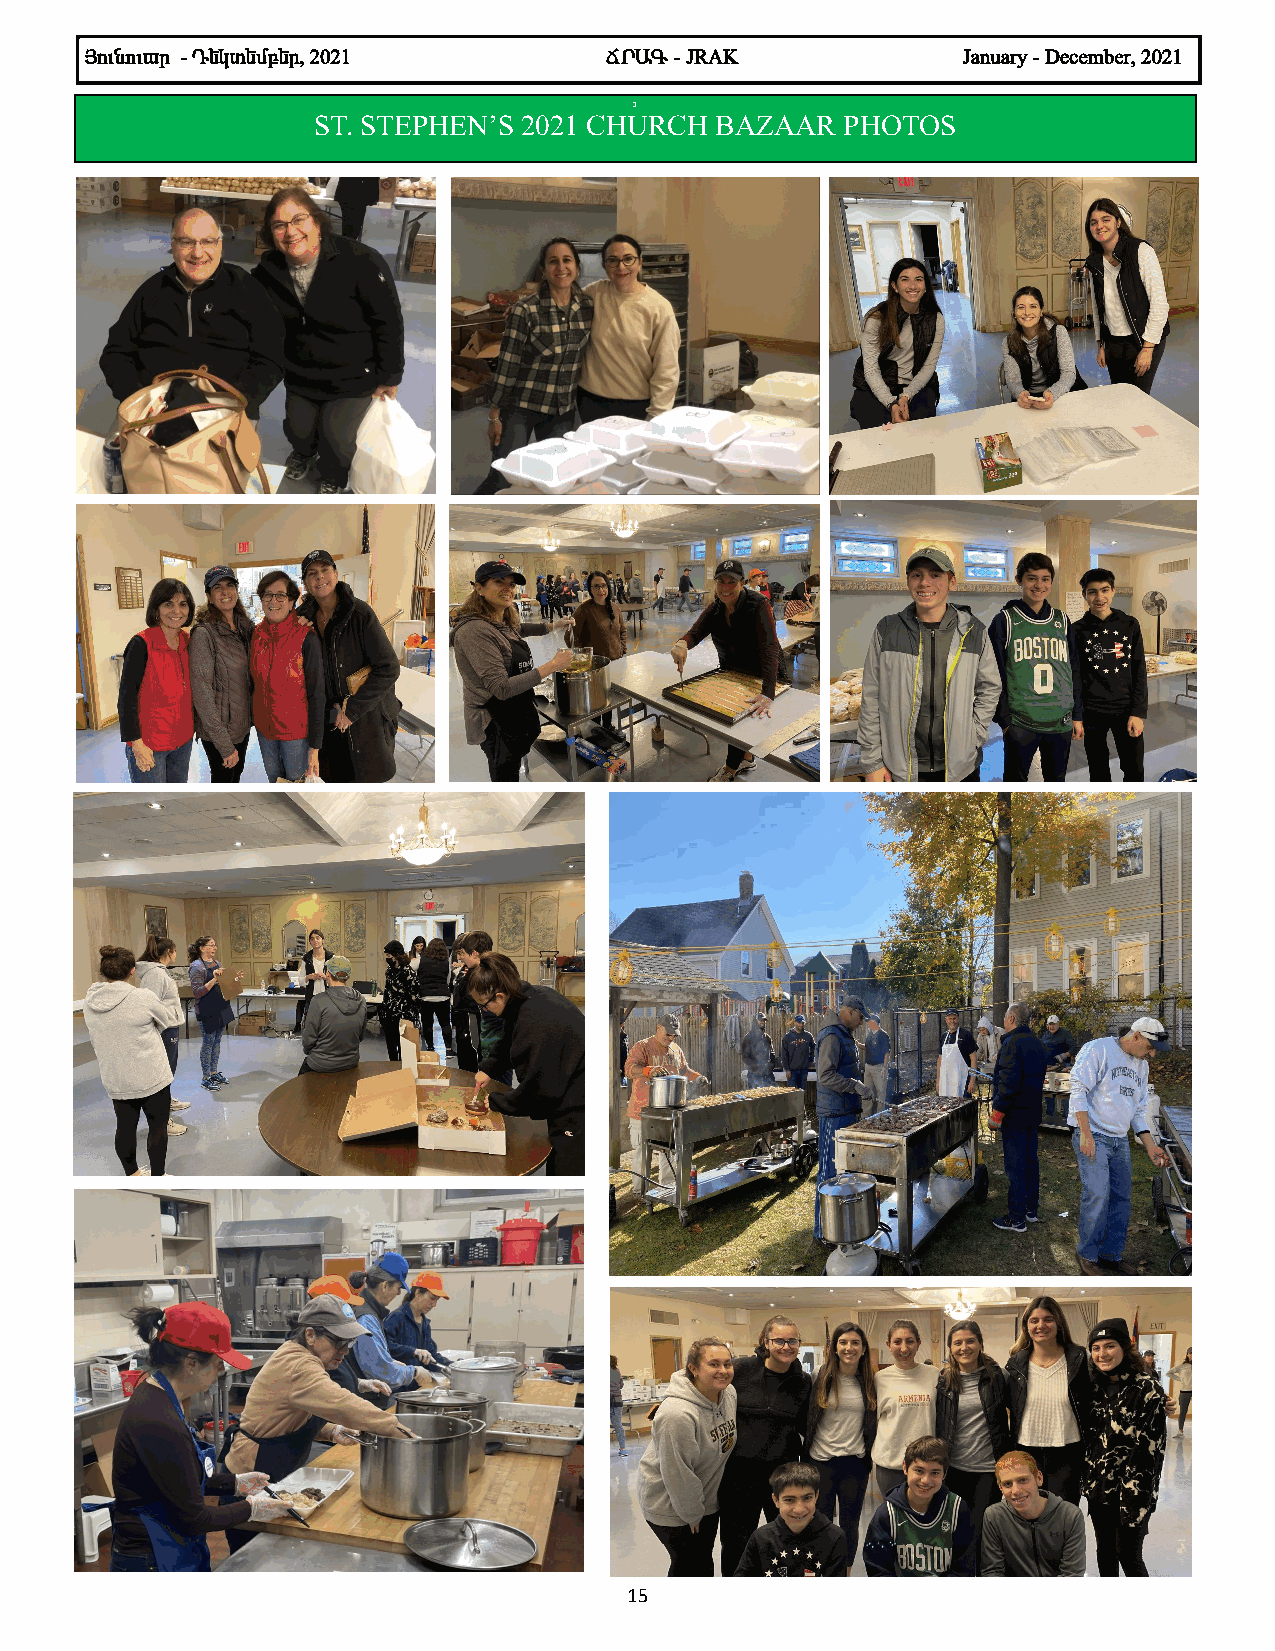
ÚáõÝáõ³ñ - ¸»Ïï»Ùµ»ñ, 2021        Öð²¶ - JRAK             January - December, 2021
 3
 ST. STEPHEN’S 2021 CHURCH BAZAAR   PHOTOS
 15